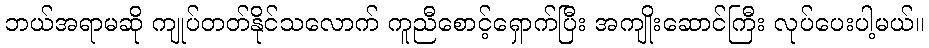
ဘယ်အရာမဆို ကျုပ်တတ်နိုင်သလောက် ကူညီစောင့်ရှောက်ပြီး အကျိုးဆောင်ကြီး လုပ်ပေးပါ့မယ်။